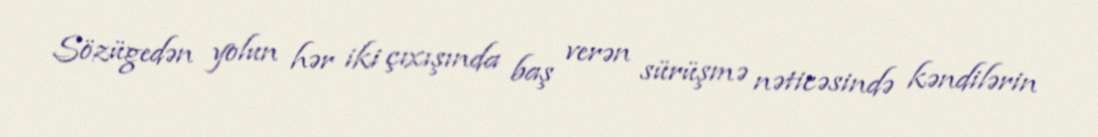
Sözügedən yolun hər iki çıxışında baş verən sürüşmə nəticəsində kəndilərin